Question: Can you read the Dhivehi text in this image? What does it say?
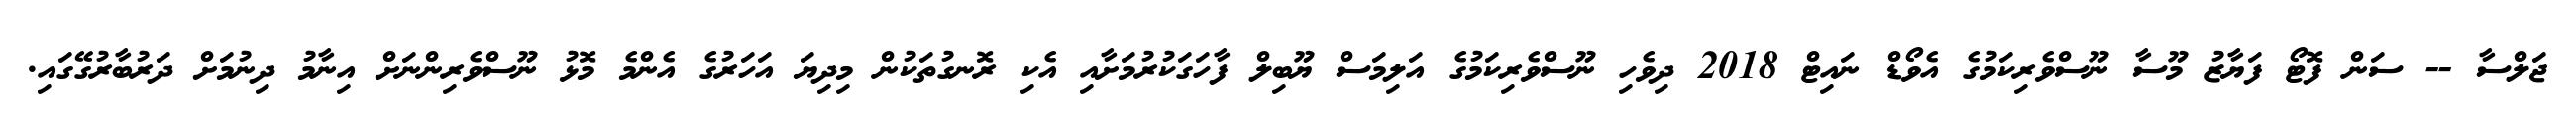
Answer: ޖަލްސާ -- ސަން ފޮޓޯ ފަޔާޒު މޫސާ ނޫސްވެރިކަމުގެ އެވޯޑް ނައިޓް 2018 ދިވެހި ނޫސްވެރިކަމުގެ އަލިމަސް ޔޫބިލް ފާހަގަކުރުމަށާއި އެކި ރޮނގުތަކުން މިދިޔަ އަހަރުގެ އެންމެ މޮޅު ނޫސްވެރިންނަށް އިނާމު ދިނުމަށް ދަރުބާރުގޭގައި.